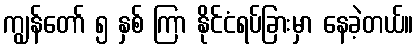
ကျွန်တော် ၅ နှစ် ကြာ နိုင်ငံရပ်ခြားမှာ နေခဲ့တယ်။